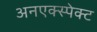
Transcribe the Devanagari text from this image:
अनएक्स्पेक्ट